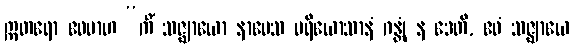
ဣတရော ဧဝမာဟ “ကိံ သဇ္ဈာယော နာမေသ ပရိယောသာနံ ဂန္တုံ န ဒေတိ, ဧဝံ သဇ္ဈာယေ